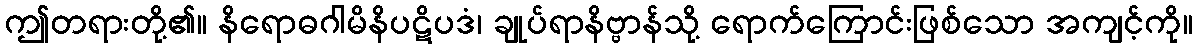
ဤတရားတို့၏။ နိရောဓဂါမိနိပဋိပဒံ၊ ချုပ်ရာနိဗ္ဗာန်သို့ ရောက်ကြောင်းဖြစ်သော အကျင့်ကို။